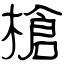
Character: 槍